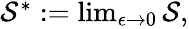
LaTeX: \begin{array}{r}{\mathcal{S}^{*}:=\operatorname*{lim}_{\epsilon\to 0}\mathcal{S},}\end{array}